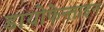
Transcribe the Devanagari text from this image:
डायोफेन्ताइन